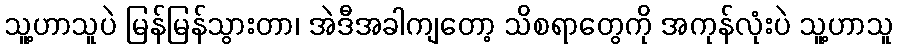
သူ့ဟာသူပဲ မြန်မြန်သွားတာ၊ အဲဒီအခါကျတော့ သိစရာတွေကို အကုန်လုံးပဲ သူ့ဟာသူ